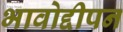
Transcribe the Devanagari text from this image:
भावोद्दीपन